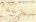
نكته